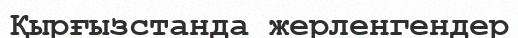
Қырғызстанда жерленгендер